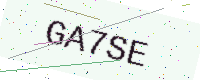
Text: GA7SE